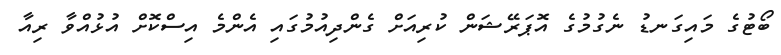
ބޯޓުގެ މައިގަނޑު ނެގުމުގެ އޮޕަރޭޝަން ކުރިއަށް ގެންދިއުމުގައި އެންމެ އިސްކޮށް އުޅުއްވާ ރިއާ